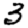
Digit: 3